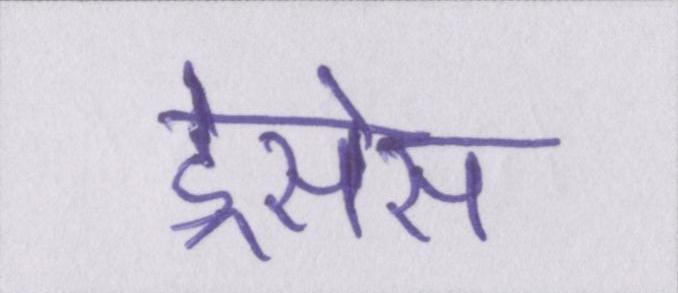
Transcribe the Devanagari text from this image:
ड्रेसेस